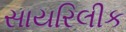
સાયરિલીક